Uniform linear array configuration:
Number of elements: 16
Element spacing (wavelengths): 0.25
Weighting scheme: kaiser
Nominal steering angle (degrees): -30
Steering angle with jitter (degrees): -28.301
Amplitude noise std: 0.05
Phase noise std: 0.05

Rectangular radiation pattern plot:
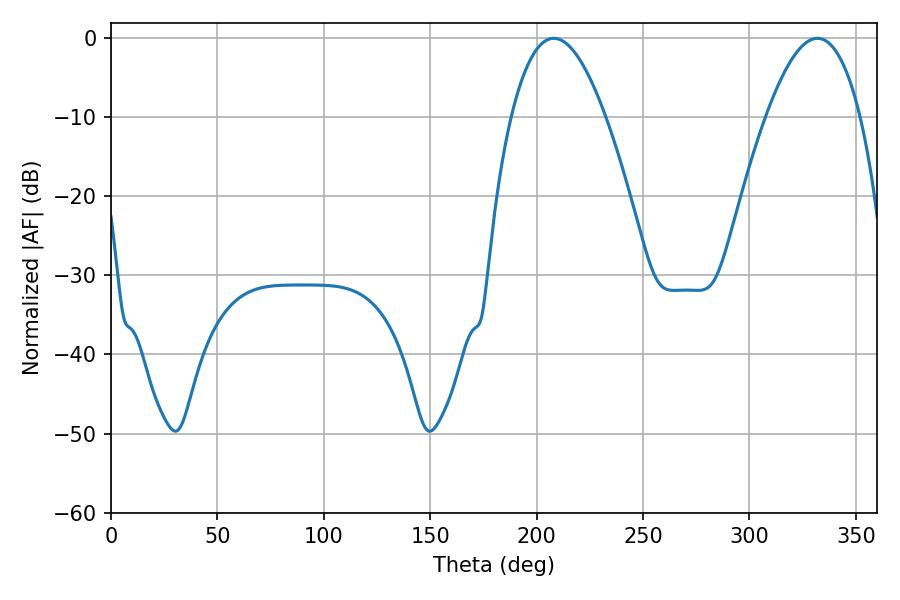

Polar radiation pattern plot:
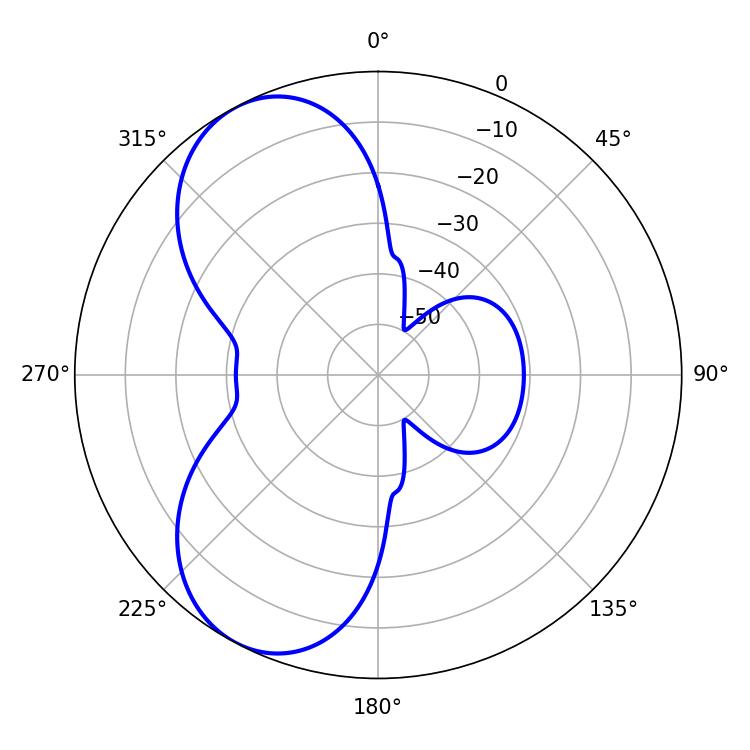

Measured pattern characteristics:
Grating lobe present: FALSE
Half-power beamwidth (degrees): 24.3
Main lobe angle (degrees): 208.08